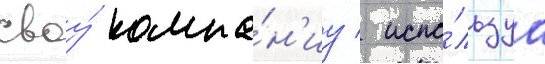
своу́ компа́н'иу / испо́льзуа